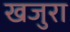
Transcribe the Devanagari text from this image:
खजुरा